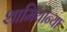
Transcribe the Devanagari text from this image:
शामियान्या